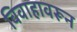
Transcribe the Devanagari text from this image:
विवाहावरून